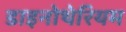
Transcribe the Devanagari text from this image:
डाइनोथेरियम